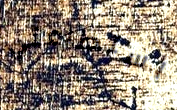
استطاعتي